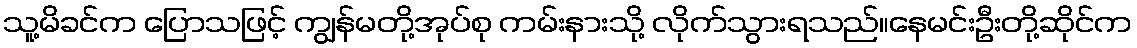
သူ့မိခင်က ပြောသဖြင့် ကျွန်မတို့အုပ်စု ကမ်းနားသို့ လိုက်သွားရသည်။နေမင်းဦးတို့ဆိုင်က